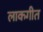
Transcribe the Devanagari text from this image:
लाकगीत